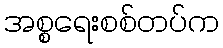
အစ္စရေးစစ်တပ်က